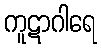
ကူဋာဂါရေ